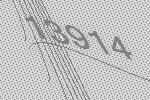
13914